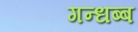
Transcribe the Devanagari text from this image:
गन्धब्ब